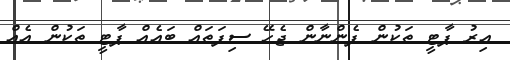
އިރު ޕާޓީ ތަކުން ފެންނާން ޖެހޭ ސިފަތައް ބައެއް ޕާޓީ ތަކުން އެއް